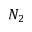
N _ { 2 }